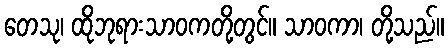
တေသု၊ ထိုဘုရားသာဝကတို့တွင်။ သာဝကာ၊ တို့သည်။